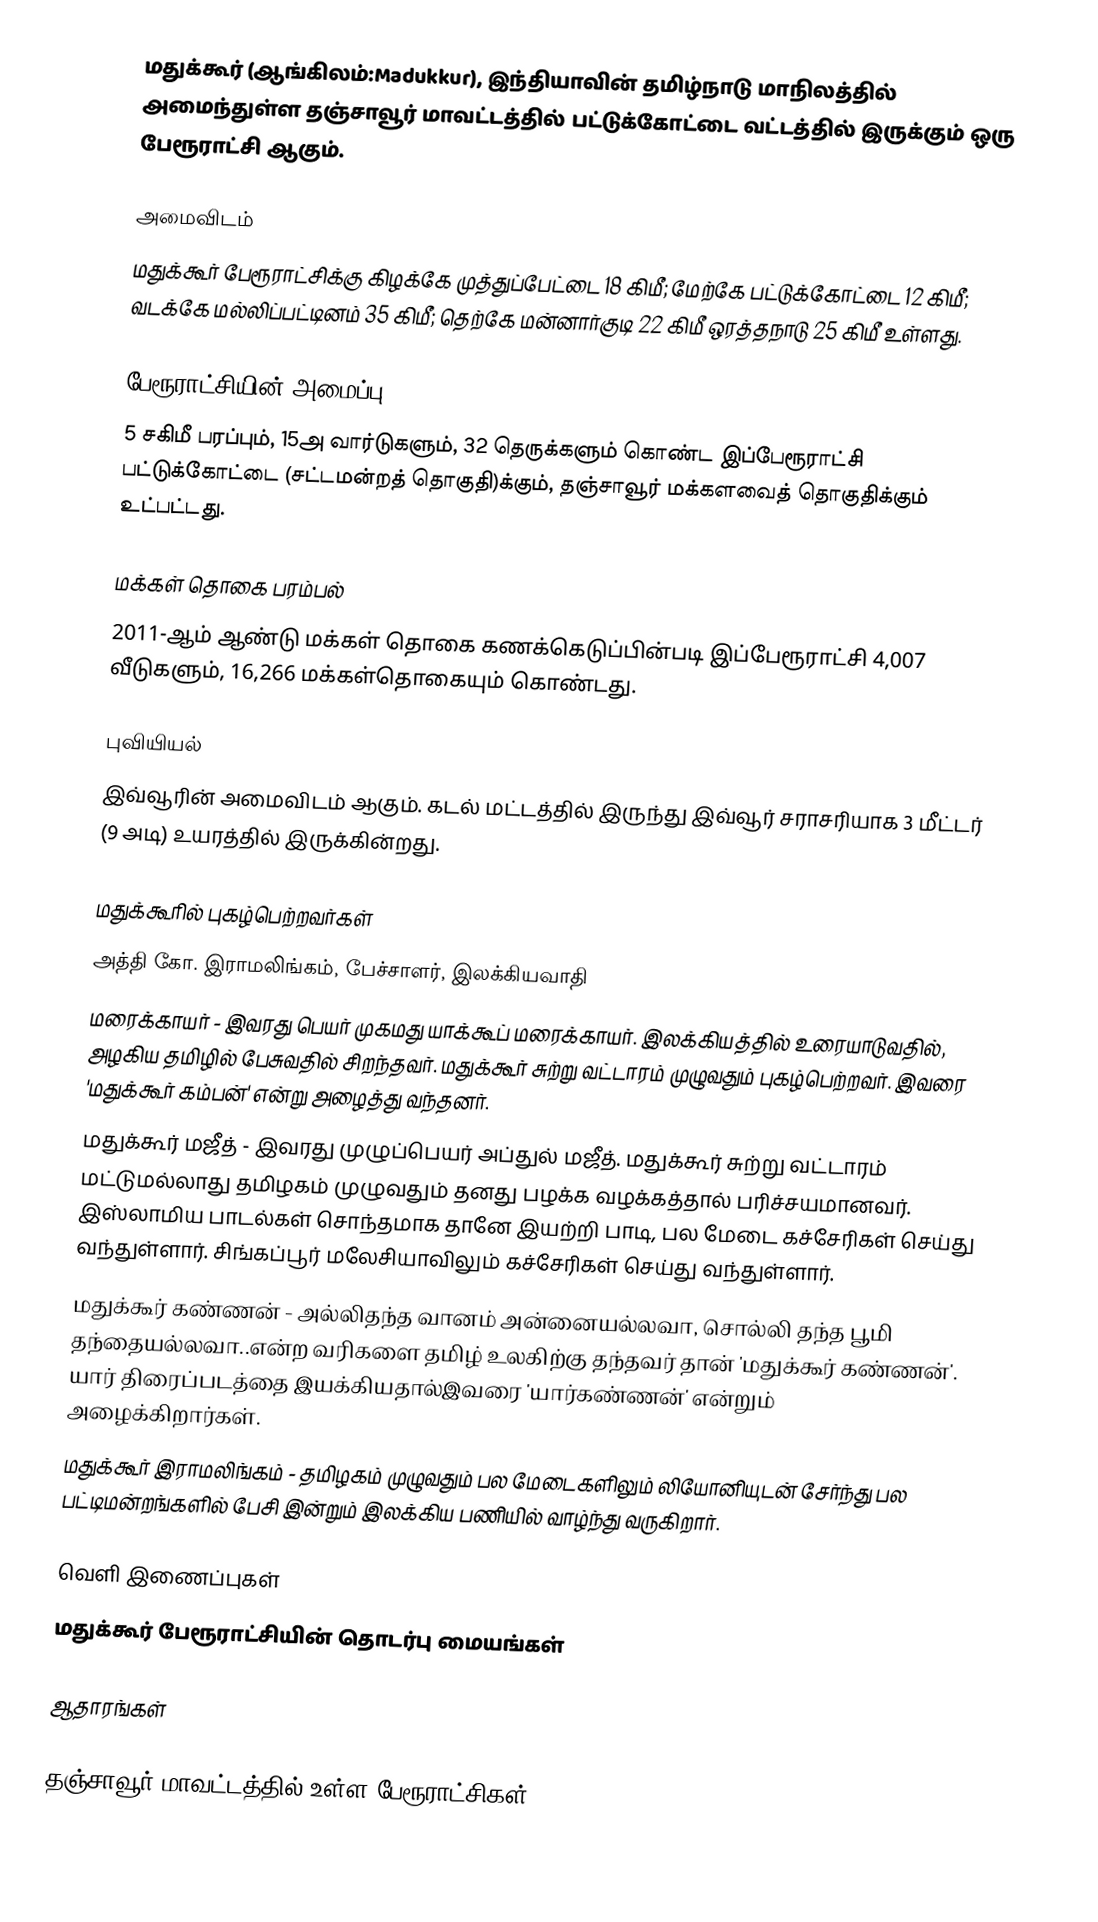
மதுக்கூர் (ஆங்கிலம்:Madukkur), இந்தியாவின் தமிழ்நாடு மாநிலத்தில் அமைந்துள்ள தஞ்சாவூர் மாவட்டத்தில் பட்டுக்கோட்டை வட்டத்தில் இருக்கும் ஒரு பேரூராட்சி ஆகும்.

அமைவிடம்
மதுக்கூர்  பேரூராட்சிக்கு கிழக்கே முத்துப்பேட்டை  18 கிமீ; மேற்கே பட்டுக்கோட்டை 12 கிமீ; வடக்கே மல்லிப்பட்டினம் 35 கிமீ; தெற்கே மன்னார்குடி 22 கிமீ ஒரத்தநாடு 25 கிமீ உள்ளது.

பேரூராட்சியின் அமைப்பு
5 சகிமீ பரப்பும்,   15அ வார்டுகளும்,  32  தெருக்களும் கொண்ட இப்பேரூராட்சி  பட்டுக்கோட்டை (சட்டமன்றத் தொகுதி)க்கும், தஞ்சாவூர் மக்களவைத் தொகுதிக்கும் உட்பட்டது.

மக்கள் தொகை பரம்பல்
2011-ஆம் ஆண்டு மக்கள் தொகை கணக்கெடுப்பின்படி  இப்பேரூராட்சி  4,007  வீடுகளும், 16,266  மக்கள்தொகையும் கொண்டது.

புவியியல்
இவ்வூரின் அமைவிடம்  ஆகும். கடல் மட்டத்தில் இருந்து இவ்வூர் சராசரியாக 3 மீட்டர் (9 அடி) உயரத்தில் இருக்கின்றது.

மதுக்கூரில் புகழ்பெற்றவர்கள்
அத்தி கோ. இராமலிங்கம், பேச்சாளர், இலக்கியவாதி
 மரைக்காயர் - இவரது பெயர் முகமது யாக்கூப் மரைக்காயர். இலக்கியத்தில் உரையாடுவதில், அழகிய தமிழில் பேசுவதில் சிறந்தவர். மதுக்கூர் சுற்று வட்டாரம் முழுவதும் புகழ்பெற்றவர். இவரை 'மதுக்கூர் கம்பன்' என்று அழைத்து வந்தனர்.
 மதுக்கூர் மஜீத் - இவரது முழுப்பெயர் அப்துல் மஜீத். மதுக்கூர் சுற்று வட்டாரம் மட்டுமல்லாது தமிழகம் முழுவதும் தனது பழக்க வழக்கத்தால் பரிச்சயமானவர். இஸ்லாமிய பாடல்கள் சொந்தமாக தானே இயற்றி பாடி, பல மேடை கச்சேரிகள் செய்து வந்துள்ளார். சிங்கப்பூர் மலேசியாவிலும் கச்சேரிகள் செய்து வந்துள்ளார்.
 மதுக்கூர் கண்ணன் - அல்லிதந்த வானம் அன்னையல்லவா, சொல்லி தந்த பூமி தந்தையல்லவா..என்ற வரிகளை தமிழ் உலகிற்கு தந்தவர் தான் 'மதுக்கூர் கண்ணன்'. யார் திரைப்படத்தை இயக்கியதால்இவரை 'யார்கண்ணன்' என்றும் அழைக்கிறார்கள்.
 மதுக்கூர் இராமலிங்கம் - தமிழகம் முழுவதும் பல மேடைகளிலும் லியோனியுடன் சேர்ந்து பல பட்டிமன்றங்களில் பேசி இன்றும் இலக்கிய பணியில் வாழ்ந்து வருகிறார்.

வெளி இணைப்புகள்
 மதுக்கூர் பேரூராட்சியின் தொடர்பு மையங்கள்

ஆதாரங்கள்

தஞ்சாவூர் மாவட்டத்தில் உள்ள பேரூராட்சிகள்